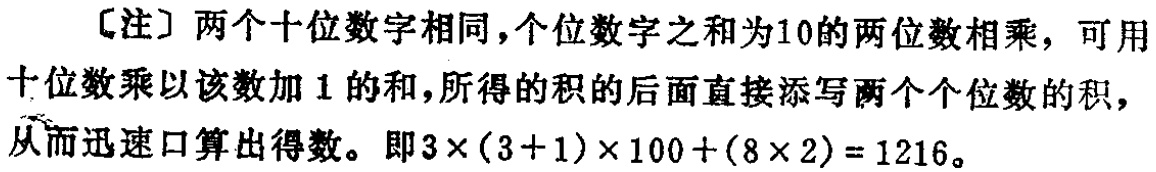
[注] 两个十位数字相同，个位数字之和为10的两位数相乘，可用十位数乘以该数加 1 的和，所得的积的后面直接添写两个个位数的积，从而迅速口算出得数。即\(3\times(3 + 1)\times100+(8\times2)=1216\)。